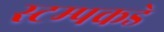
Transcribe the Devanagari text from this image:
स्टम्पकडे